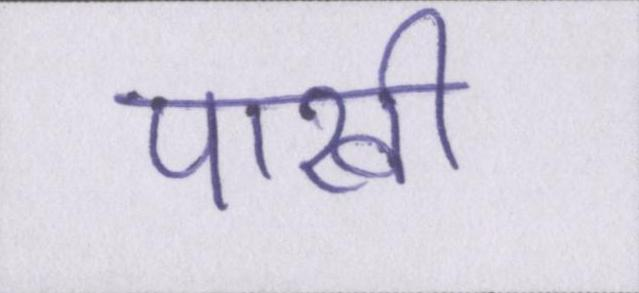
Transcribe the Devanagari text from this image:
पाखी